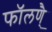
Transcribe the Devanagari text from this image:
फाॅलण्ै